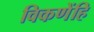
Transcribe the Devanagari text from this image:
विकणेंहि